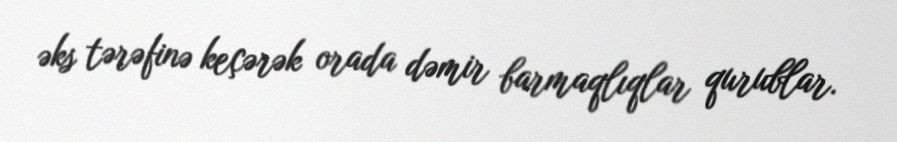
əks tərəfinə keçərək orada dəmir barmaqlıqlar qurublar.